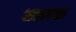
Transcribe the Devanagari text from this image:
आच्छ